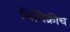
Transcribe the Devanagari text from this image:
मिमिक्रीच